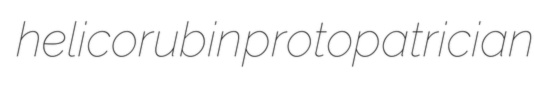
helicorubin protopatrician